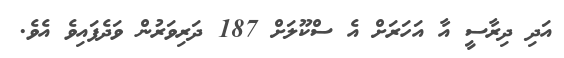
އަދި ދިރާސީ އާ އަހަރަށް އެ ސްކޫލަށް 187 ދަރިވަރުން ވަދެފައިވެ އެވެ.